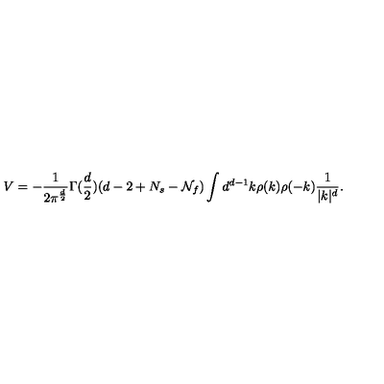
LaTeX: V = - { \frac { 1 } { 2 \pi ^ { \frac { d } { 2 } } } } \Gamma ( { \frac { d } { 2 } } ) ( d - 2 + N _ { s } - { \cal N } _ { f } ) \int d ^ { d - 1 } k \rho ( k ) \rho ( - k ) { \frac { 1 } { | k | ^ { d } } } .